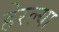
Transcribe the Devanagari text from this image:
हेरल्या